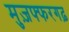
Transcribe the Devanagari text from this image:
मुज़फ्फरगढ़